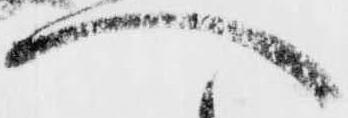
へ